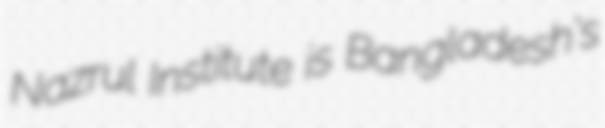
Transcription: Nazrul Institute is Bangladesh's